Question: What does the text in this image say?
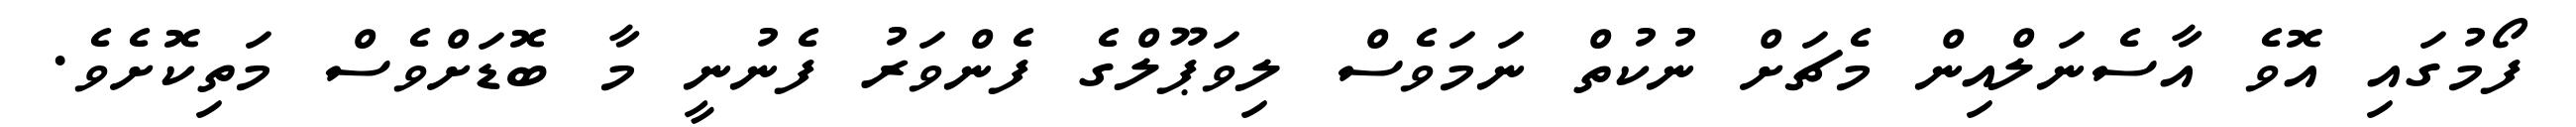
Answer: ފޯމުގައި އޮވެ އާސެނަލްއިން މެޗަށް ނުކުތް ނަމަވެސް ލިވަޕޫލްގެ ފެންވަރު ފެނުނީ މާ ބޮޑަށްވެސް މަތިކޮށެވެ.